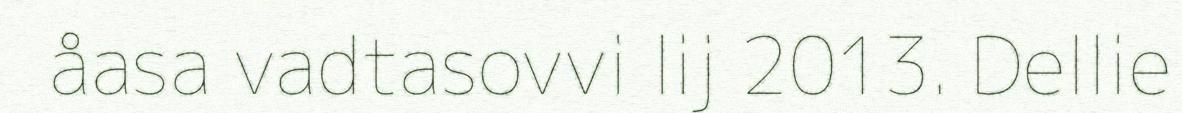
åasa vadtasovvi lij 2013. Dellie